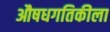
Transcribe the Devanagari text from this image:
औषधगतिकीला